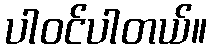
ပါဝင်ပါတယ်။